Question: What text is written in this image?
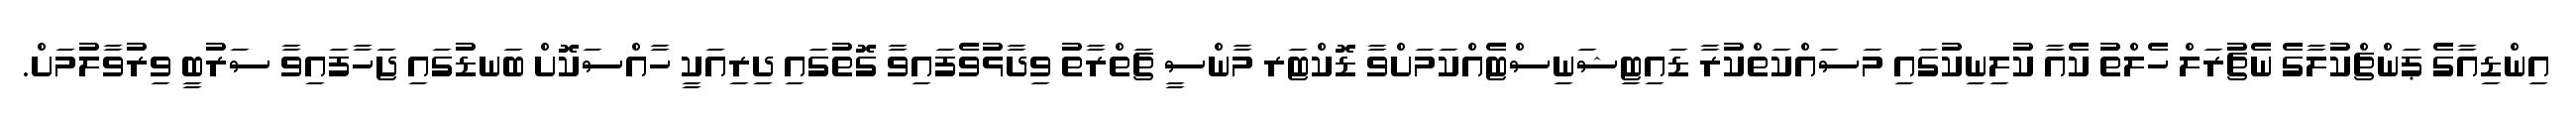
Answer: އިންޑިއާގެ ޕަންޗްކުލާގެ ނެޗުރަލް ހެލްތު ކެއާ ކުލިނިކުގައި މަސައްކަތްކުރާ ޑައިޓިޝަނިސްޓެއްކަމަށްވާ ޑޮކްޓަރ މާންސީ ޗަތްރާތު ވިދާޅުވެފައިވާ ގޮތުގައި ދިރިއަކީ ހާއްސަކޮށް ބަނޑުގައި ޖަހާފައިވާ ސަރުބީ ވިރުވާލުމަށް.